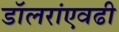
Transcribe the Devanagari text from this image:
डॉलरांएवढी